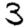
Digit: 3